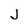
Character: J